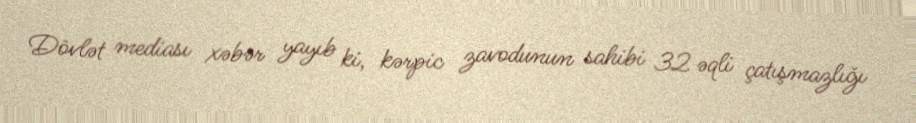
Dövlət mediası xəbər yayıb ki, kərpic zavodunun sahibi 32 əqli çatışmazlığı